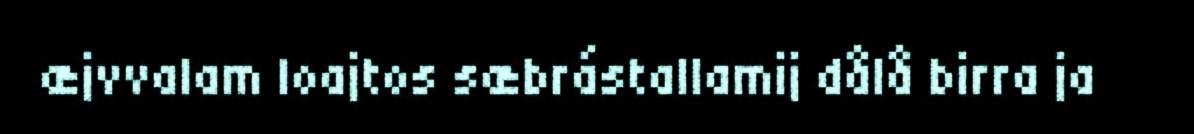
æjvvalam loajtos sæbrástallamij dålå birra ja